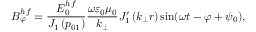
B _ { \varphi } ^ { h f } = \frac { E _ { 0 } ^ { h f } } { J _ { 1 } \left( p _ { 0 1 } \right) } \frac { \omega \varepsilon _ { 0 } \mu _ { 0 } } { k _ { \perp } } J _ { 1 } ^ { \prime } \left( k _ { \perp } r \right) \sin ( \omega t - \varphi + \psi _ { 0 } ) ,